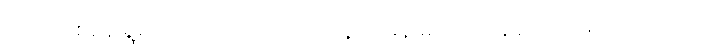
ထက်တစ်နေ့ ရွံစရာကောင်းလာတယ်၊ သူက မိန်းမပြည့်တန်ဆာသာမက ယောက်ျား